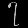
Digit: ၇